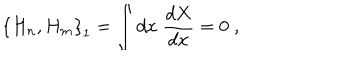
\left\{ H _ { n } , H _ { m } \right\} _ { 1 } = \int d x \; \frac { d X } { d x } = 0 \; ,